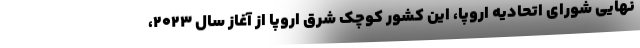
نهایی شورای اتحادیه اروپا، این کشور کوچک شرق اروپا از آغاز سال ۲۰۲۳،